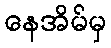
နေအိမ်မှ